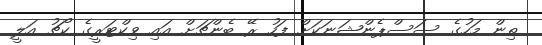
ތިން މަހުގެ ސަސްޕެންޝަނަކަށް ފަހު ރޭ ބެންޗަށް އައި ވިކްޓަރީގެ ކޯޗު އަލީ